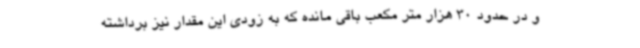
و در حدود 30 هزار متر مکعب باقی مانده که به زودی این مقدار نیز برداشته